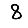
Digit: 8